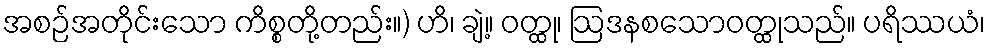
အစဉ်အတိုင်းသော ကိစ္စတို့တည်း။) ဟိ၊ ချဲ့။ ဝတ္ထု၊ ဩဒနစသောဝတ္ထုသည်။ ပရိဿယံ၊